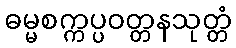
ဓမ္မစက္ကပ္ပဝတ္တနသုတ္တံ